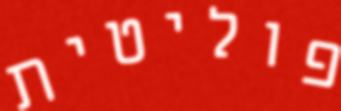
פוליטית